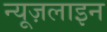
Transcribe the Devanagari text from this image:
न्यूज़लाइन